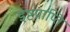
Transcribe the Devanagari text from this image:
इष्टप्राप्ति